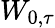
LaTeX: W_{0,\tau}